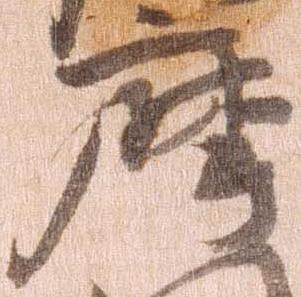
摩